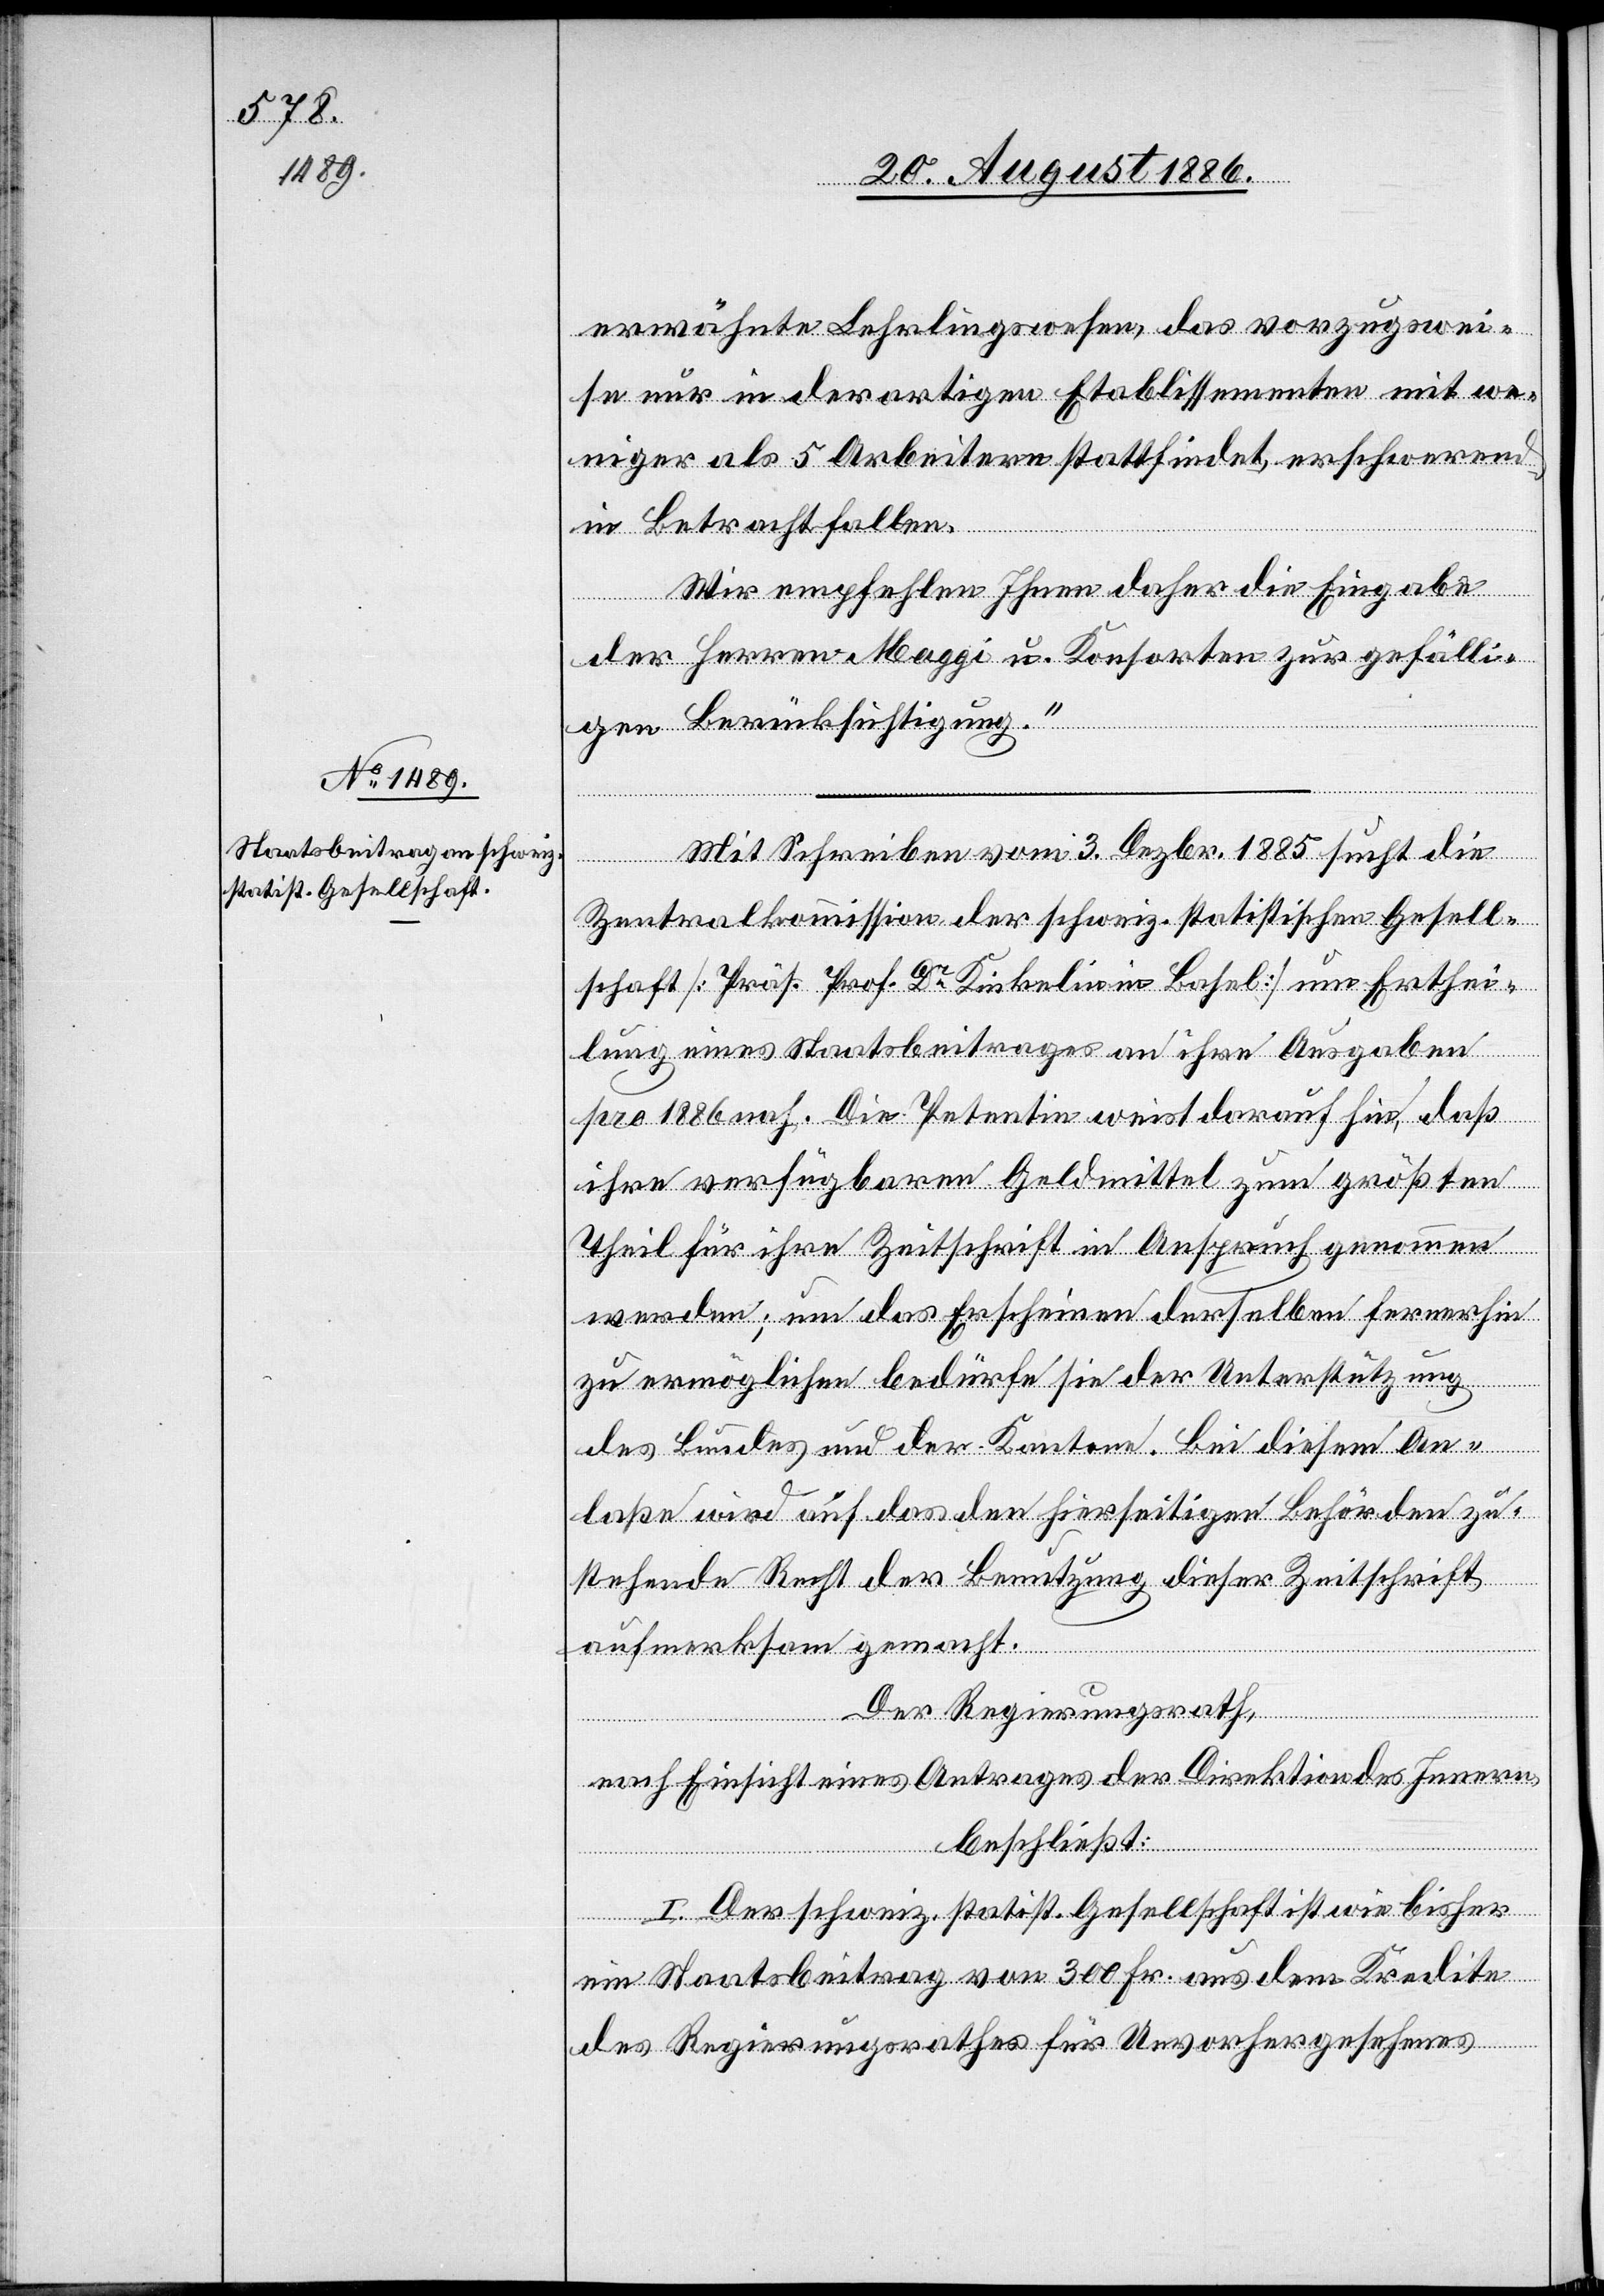
erwähnte Lehrlingswesen, das vorzugswei¬
se nur in derartigen Etablissementen mit we¬
niger als 5 Arbeitern stattfindet, erschwerend
in Betracht fallen.
Wir empfehlen Ihnen daher die Eingabe
der Herren Maggi u. Konsorten zur gefälli¬
gen Berücksichtigung.“
Mit Schreiben vom 3. Dezbr. 1885 sucht die
Zentralkommisson der schweiz. statistischen Gesell¬
schaft [Präs. Prof. Dr Kinkelin in Basel] um Erthei¬
lung eines Staatsbeitrages an ihre Ausgaben
pro 1886 nach. Die Petentin weist darauf hin, daß
ihre verfügbaren Geldmittel zum größten
Theil für ihre Zeitschrift in Anspruch genommen
werden; um das Erscheinen derselben fernerhin
zu ermöglichen bedürfe sie der Unterstützung
des Bundes und der Kantone. Bei diesem An¬
laße wird auf das den hierseitigen Behörden zu¬
stehende Recht der Benutzung dieser Zeitschrift
aufmerksam gemacht.
Der Regierungsrath,
nach Einsicht eines Antrages der Direktion des Innern,
beschließt:
I. Der schweiz. statist. Gesellschaft ist wie bisher
ein Staatsbeitrag von 300 Fr. aus dem Kredite
des Regierungsrathes für Unvorhergesehenes